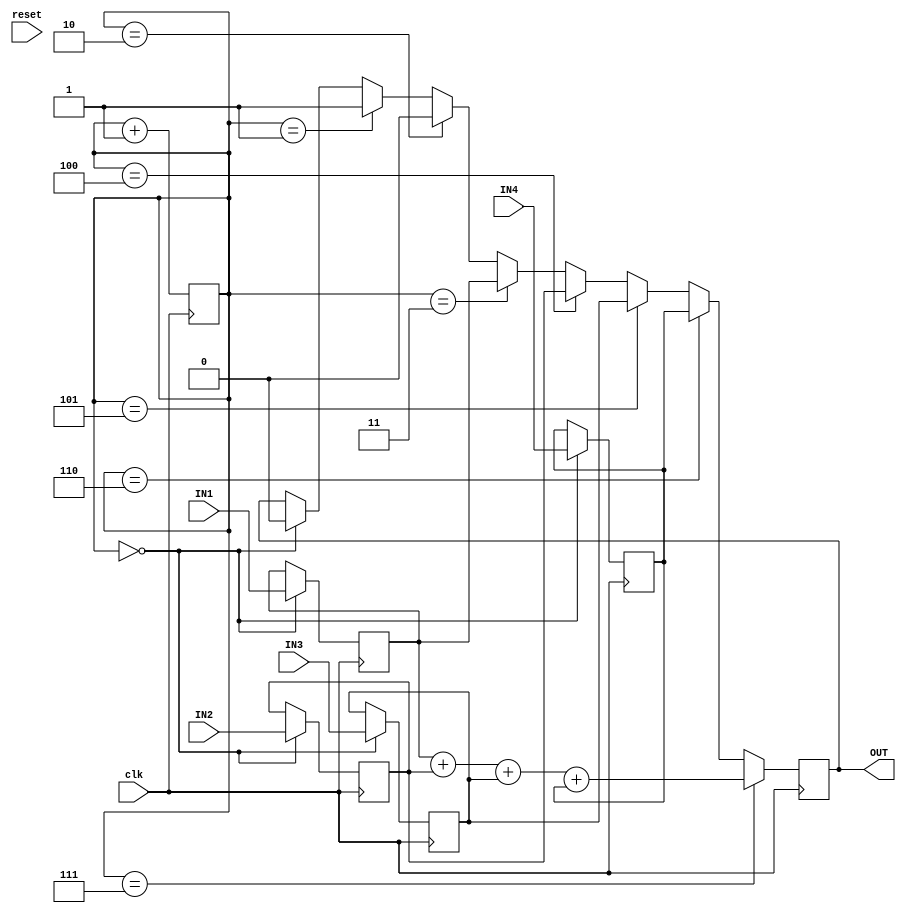

module ENCODER(IN1,IN2,IN3,IN4,clk,reset,OUT);
	input IN1,IN2,IN3,IN4,clk,reset;
	output reg OUT;
	reg [2:0] cnt;
	reg in1,in2,in3,in4;
	initial begin
	  cnt = 3'b000;
	  end
	always @(posedge clk )begin

		  if(cnt == 3'b000)begin
			   in1 <= IN1;
			   in2 <= IN2;
			   in3 <= IN3;
			   in4 <= IN4;
			   OUT <= 0;
			end
		  if(cnt == 3'b001)begin
			   OUT <= 1;
			end
			if(cnt == 3'b010)begin
			   OUT <= 0;
			end
			if(cnt == 3'b011)begin
			   OUT <= in1;
			end
			if(cnt == 3'b100)begin
			   OUT <= in2;
			end
			if(cnt == 3'b101)begin
			   OUT <= in3;
			end
			if(cnt == 3'b110)begin
			   OUT <= in4;
			end
			if(cnt == 3'b111)begin
			   OUT <= in1 + in2 + in3 + in4 ;
			end
			cnt<=cnt+3'b001;
  end
endmodule